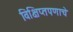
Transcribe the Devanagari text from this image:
विक्षिप्तपणाचे